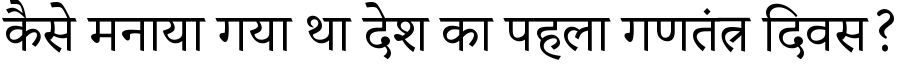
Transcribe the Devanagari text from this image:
कैसे मनाया गया था देश का पहला गणतंत्र दिवस?